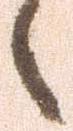
候